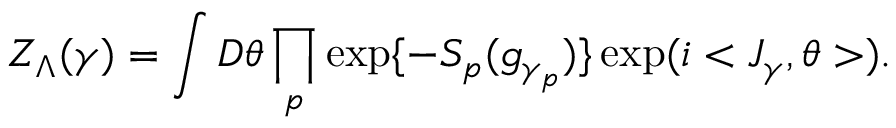
Z _ { \Lambda } ( \gamma ) = \int D \theta \prod _ { p } \exp \{ - { \cal S } _ { p } ( g _ { \gamma _ { p } } ) \} \exp ( i < J _ { \gamma } , \theta > ) .